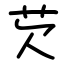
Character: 芡